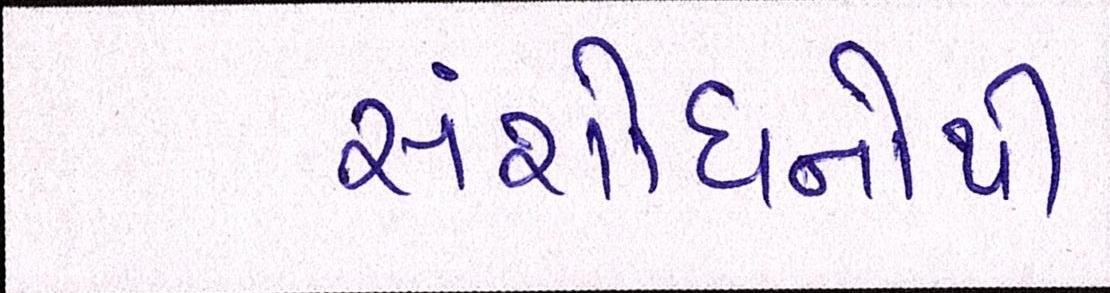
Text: સંશોધનોથી